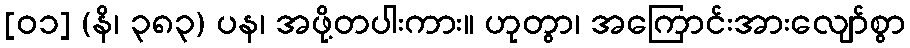
[၀၁] (နိ၊ ၃၈၃) ပန၊ အဖို့တပါးကား။ ဟုတွာ၊ အကြောင်းအားလျော်စွာ